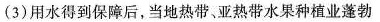
(3)用水得到保障后，当地热带。亚热带水果种植业蓬勃